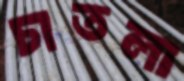
চাতলা